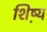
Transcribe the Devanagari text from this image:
शिष़्य